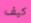
كيف